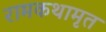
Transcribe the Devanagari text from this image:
रामकथामृत